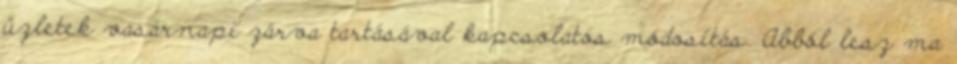
üzletek vasárnapi zárva tartásával kapcsolatos módosítás. Abból lesz ma